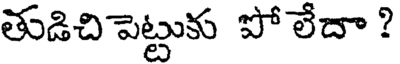
తుడిచి పెట్టుకు పో లేదా ?